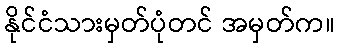
နိုင်ငံသားမှတ်ပုံတင် အမှတ်က။